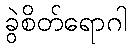
ခွဲစိတ်ရောဂါ